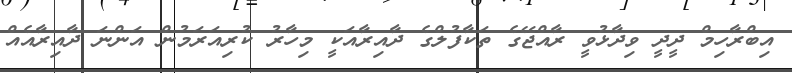
އިބްރާހިމް ދީދީ ވިދާޅުވީ ރާއްޖޭގެ ތަކާފުލްގެ ދާއިރާއަަކީ މިހާރު ކުރިއަރަމުން އަންނަ ދާއިރާއެއް